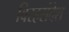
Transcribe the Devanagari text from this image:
विरहसंदेश